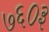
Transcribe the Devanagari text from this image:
७६०३